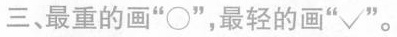
三、最重的画”○”，最轻的画”√”